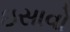
ઇસાવો